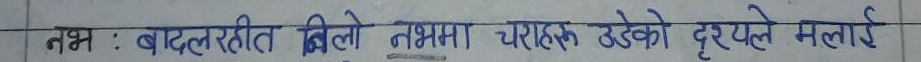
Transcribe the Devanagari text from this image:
नभ : बादलविहीन निलो नभमा चराहरू उडेको दृश्यले मलाई